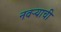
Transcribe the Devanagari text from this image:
नवऱ्याची